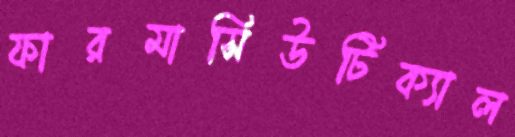
ফারমাসিউটিক্যাল